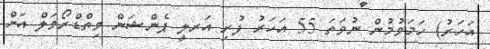
އަހަރު) ހަމަވުމުން ނުވަތަ 55 އަހަރު ފުރި އަރލީ ޕެންޝަން ވިތްޑްރޯވަލް އަށް